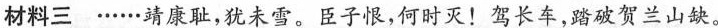
材料三 ……靖康耻，犹未雪。臣子恨，何时灭！驾长车，踏破贺兰山缺。